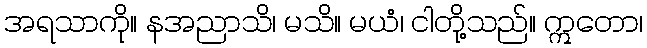
အရသာကို။ နအညာသိ၊ မသိ။ မယံ၊ ငါတို့သည်။ ဣတော၊